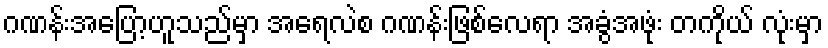
ဂဏန်းအပြော့ဟူသည်မှာ အရေလဲစ ဂဏန်းဖြစ်လေရာ အခွံအဖုံး တကိုယ် လုံးမှာ